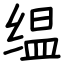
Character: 缊